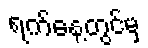
ရက်နေ့တွင်မှ